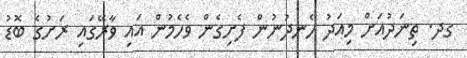
ގދ. ތިނަދުއަށް މިއަދު ހެނދުނުން ފެށިގެން ވެހެމުން އައި ވާރޭގައި ރަށުގެ ބޮޑު